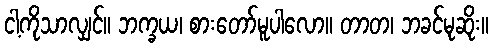
ငါ့ကိုသာလျှင်။ ဘက္ခယ၊ စားတော်မူပါလော။ တာတ၊ ဘခင်မုဆိုး။